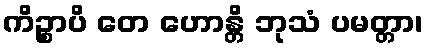
ကိဉ္စာပိ တေ ဟောန္တိ ဘုသံ ပမတ္တာ၊